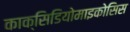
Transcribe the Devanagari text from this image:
काक्सिडियोमाइकोसिस